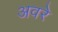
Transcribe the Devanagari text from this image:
अवरे